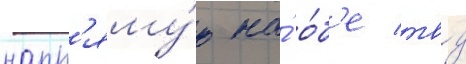
напр'яму́ю на́ о́б'е твд